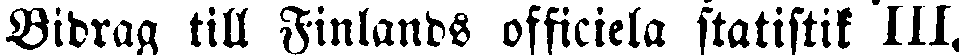
Bidrag till Finlands officiela statistik 111.